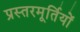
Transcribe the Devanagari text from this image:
प्रस्तरमूर्तियों